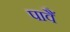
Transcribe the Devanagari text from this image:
पावैं